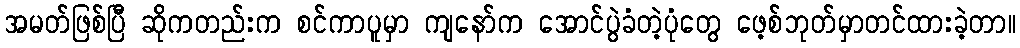
အမတ်ဖြစ်ပြီ ဆိုကတည်းက စင်ကာပူမှာ ကျနော်က အောင်ပွဲခံတဲ့ပုံတွေ ဖေ့စ်ဘုတ်မှာတင်ထားခဲ့တာ။